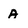
Character: a